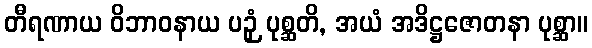
တီရဏာယ ဝိဘာဝနာယ ပဉှံ ပုစ္ဆတိ, အယံ အဒိဋ္ဌဇောတနာ ပုစ္ဆာ။